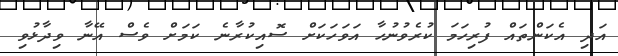
އަދި އެކަންތައް ފުރިހަމަ ކުރެވުނުހާ އަވަހަކަށް ސޮއިކުރާނެ ކަމަށް ވެސް އޭނާ ވިދާޅުވި